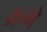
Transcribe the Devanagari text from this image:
क्रमे